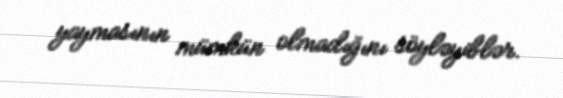
yaymasının mümkün olmadığını söyləyiblər.